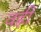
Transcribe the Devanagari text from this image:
वह्नी